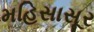
મહિસાસૂર